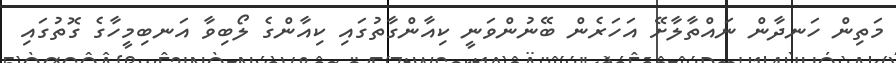
މަތިން ހަނދާން ނައްތާލާށޭ އަހަރެން ބޭނުންވަނީ ކިއާންގާތުގައި ކިއާންގެ ލޯބިވާ އަނބިމީހާގެ ގޮތުގައި